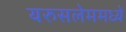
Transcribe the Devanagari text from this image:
यरुसलेममध्यें